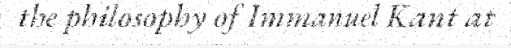
the philosophy of Immanuel Kant at